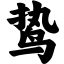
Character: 鸷